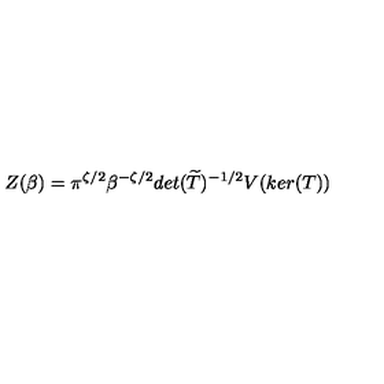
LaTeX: Z ( \beta ) = \pi ^ { \zeta / 2 } \beta ^ { - \zeta / 2 } d e t ( \widetilde { T } ) ^ { - 1 / 2 } V ( k e r ( T ) )